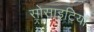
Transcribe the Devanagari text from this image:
सोसाइटियां